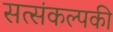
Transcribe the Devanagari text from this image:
सत्संकल्पकी